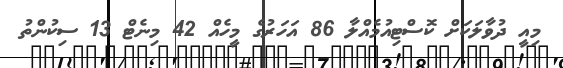
މިއީ ދުވާލަކަށް ކޮސްޓިއުމެއްލާ 86 އަހަރުގެ މީހެއް 42 މިނެޓް 13 ސިކުންތު